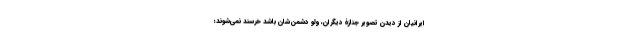
ایرانیان از دیدن تصویر جنازۀ دیگران، ولو دشمن‌شان باشد خرسند نمی‌شوند؛